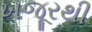
ખજૂરથી